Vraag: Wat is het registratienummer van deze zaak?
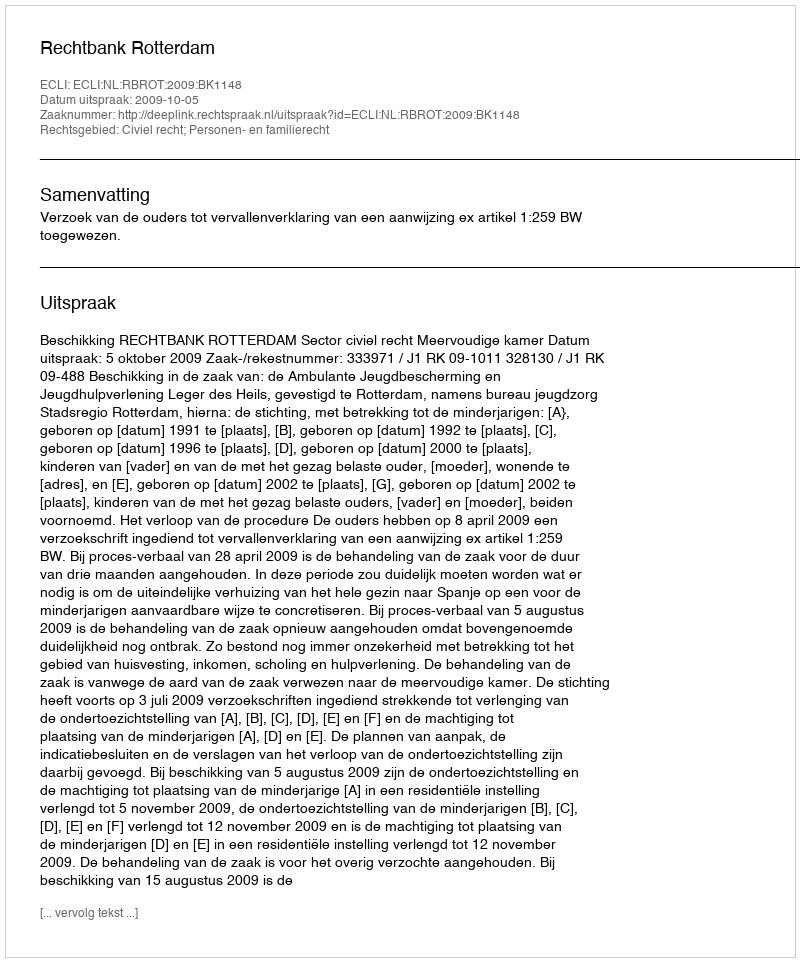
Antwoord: http://deeplink.rechtspraak.nl/uitspraak?id=ECLI:NL:RBROT:2009:BK1148